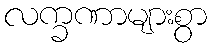
လက္ခဏာများစွာ